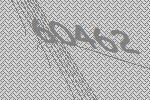
60462